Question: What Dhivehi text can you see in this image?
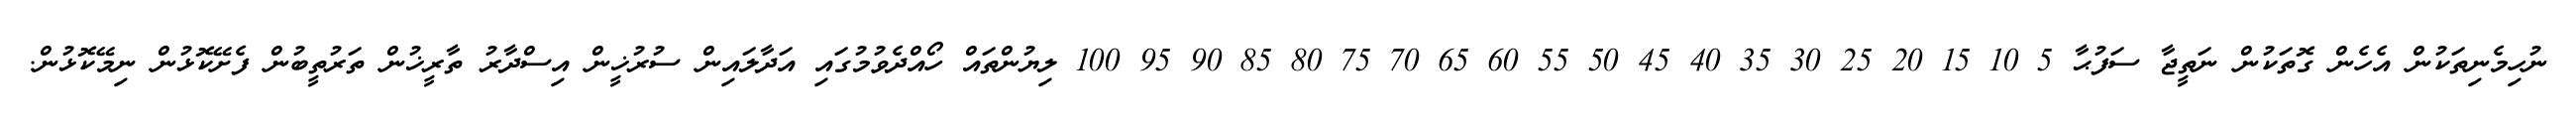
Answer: ނުހިމެނިތަކުން އެހެން ގޮތަކުން ނަތީޖާ ސަފުޙާ 5 10 15 20 25 30 35 40 45 50 55 60 65 70 75 80 85 90 95 100 ލިޔުންތައް ހޯއްދެވުމުގައި އަދާލައިން ސުރުޚީން އިސްދާރު ތާރީޚުން ތަރުތީބުން ފެށޭކޮޅުން ނިމޭކޮޅުން.